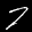
Label: 7